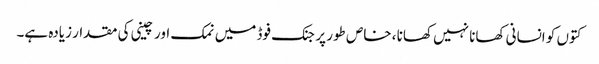
کتوں کو انسانی کھانا نہیں کھانا ، خاص طور پر جنک فوڈ میں نمک اور چینی کی مقدار زیادہ ہے۔